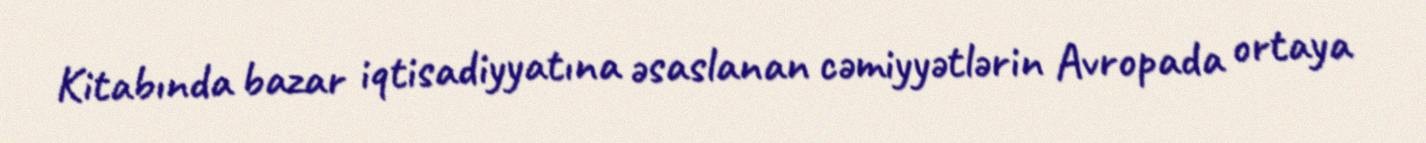
Kitabında bazar iqtisadiyyatına əsaslanan cəmiyyətlərin Avropada ortaya